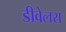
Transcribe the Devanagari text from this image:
डीवेलरा